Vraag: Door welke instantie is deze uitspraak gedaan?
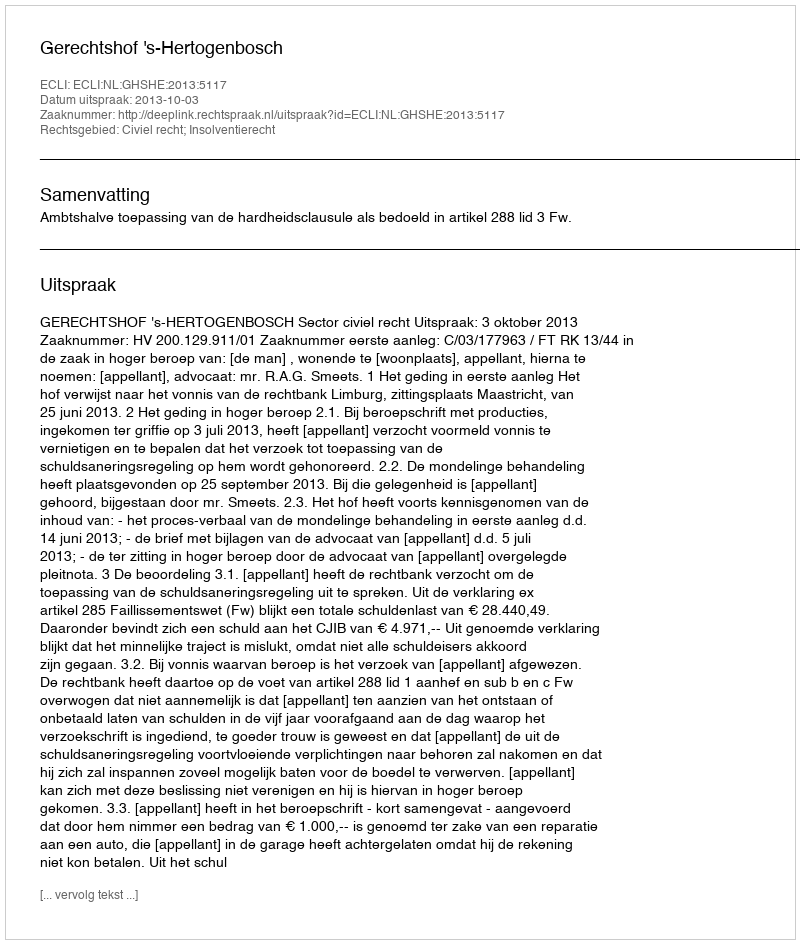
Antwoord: Gerechtshof 's-Hertogenbosch